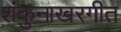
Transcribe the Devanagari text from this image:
शंकुनाखरगीत